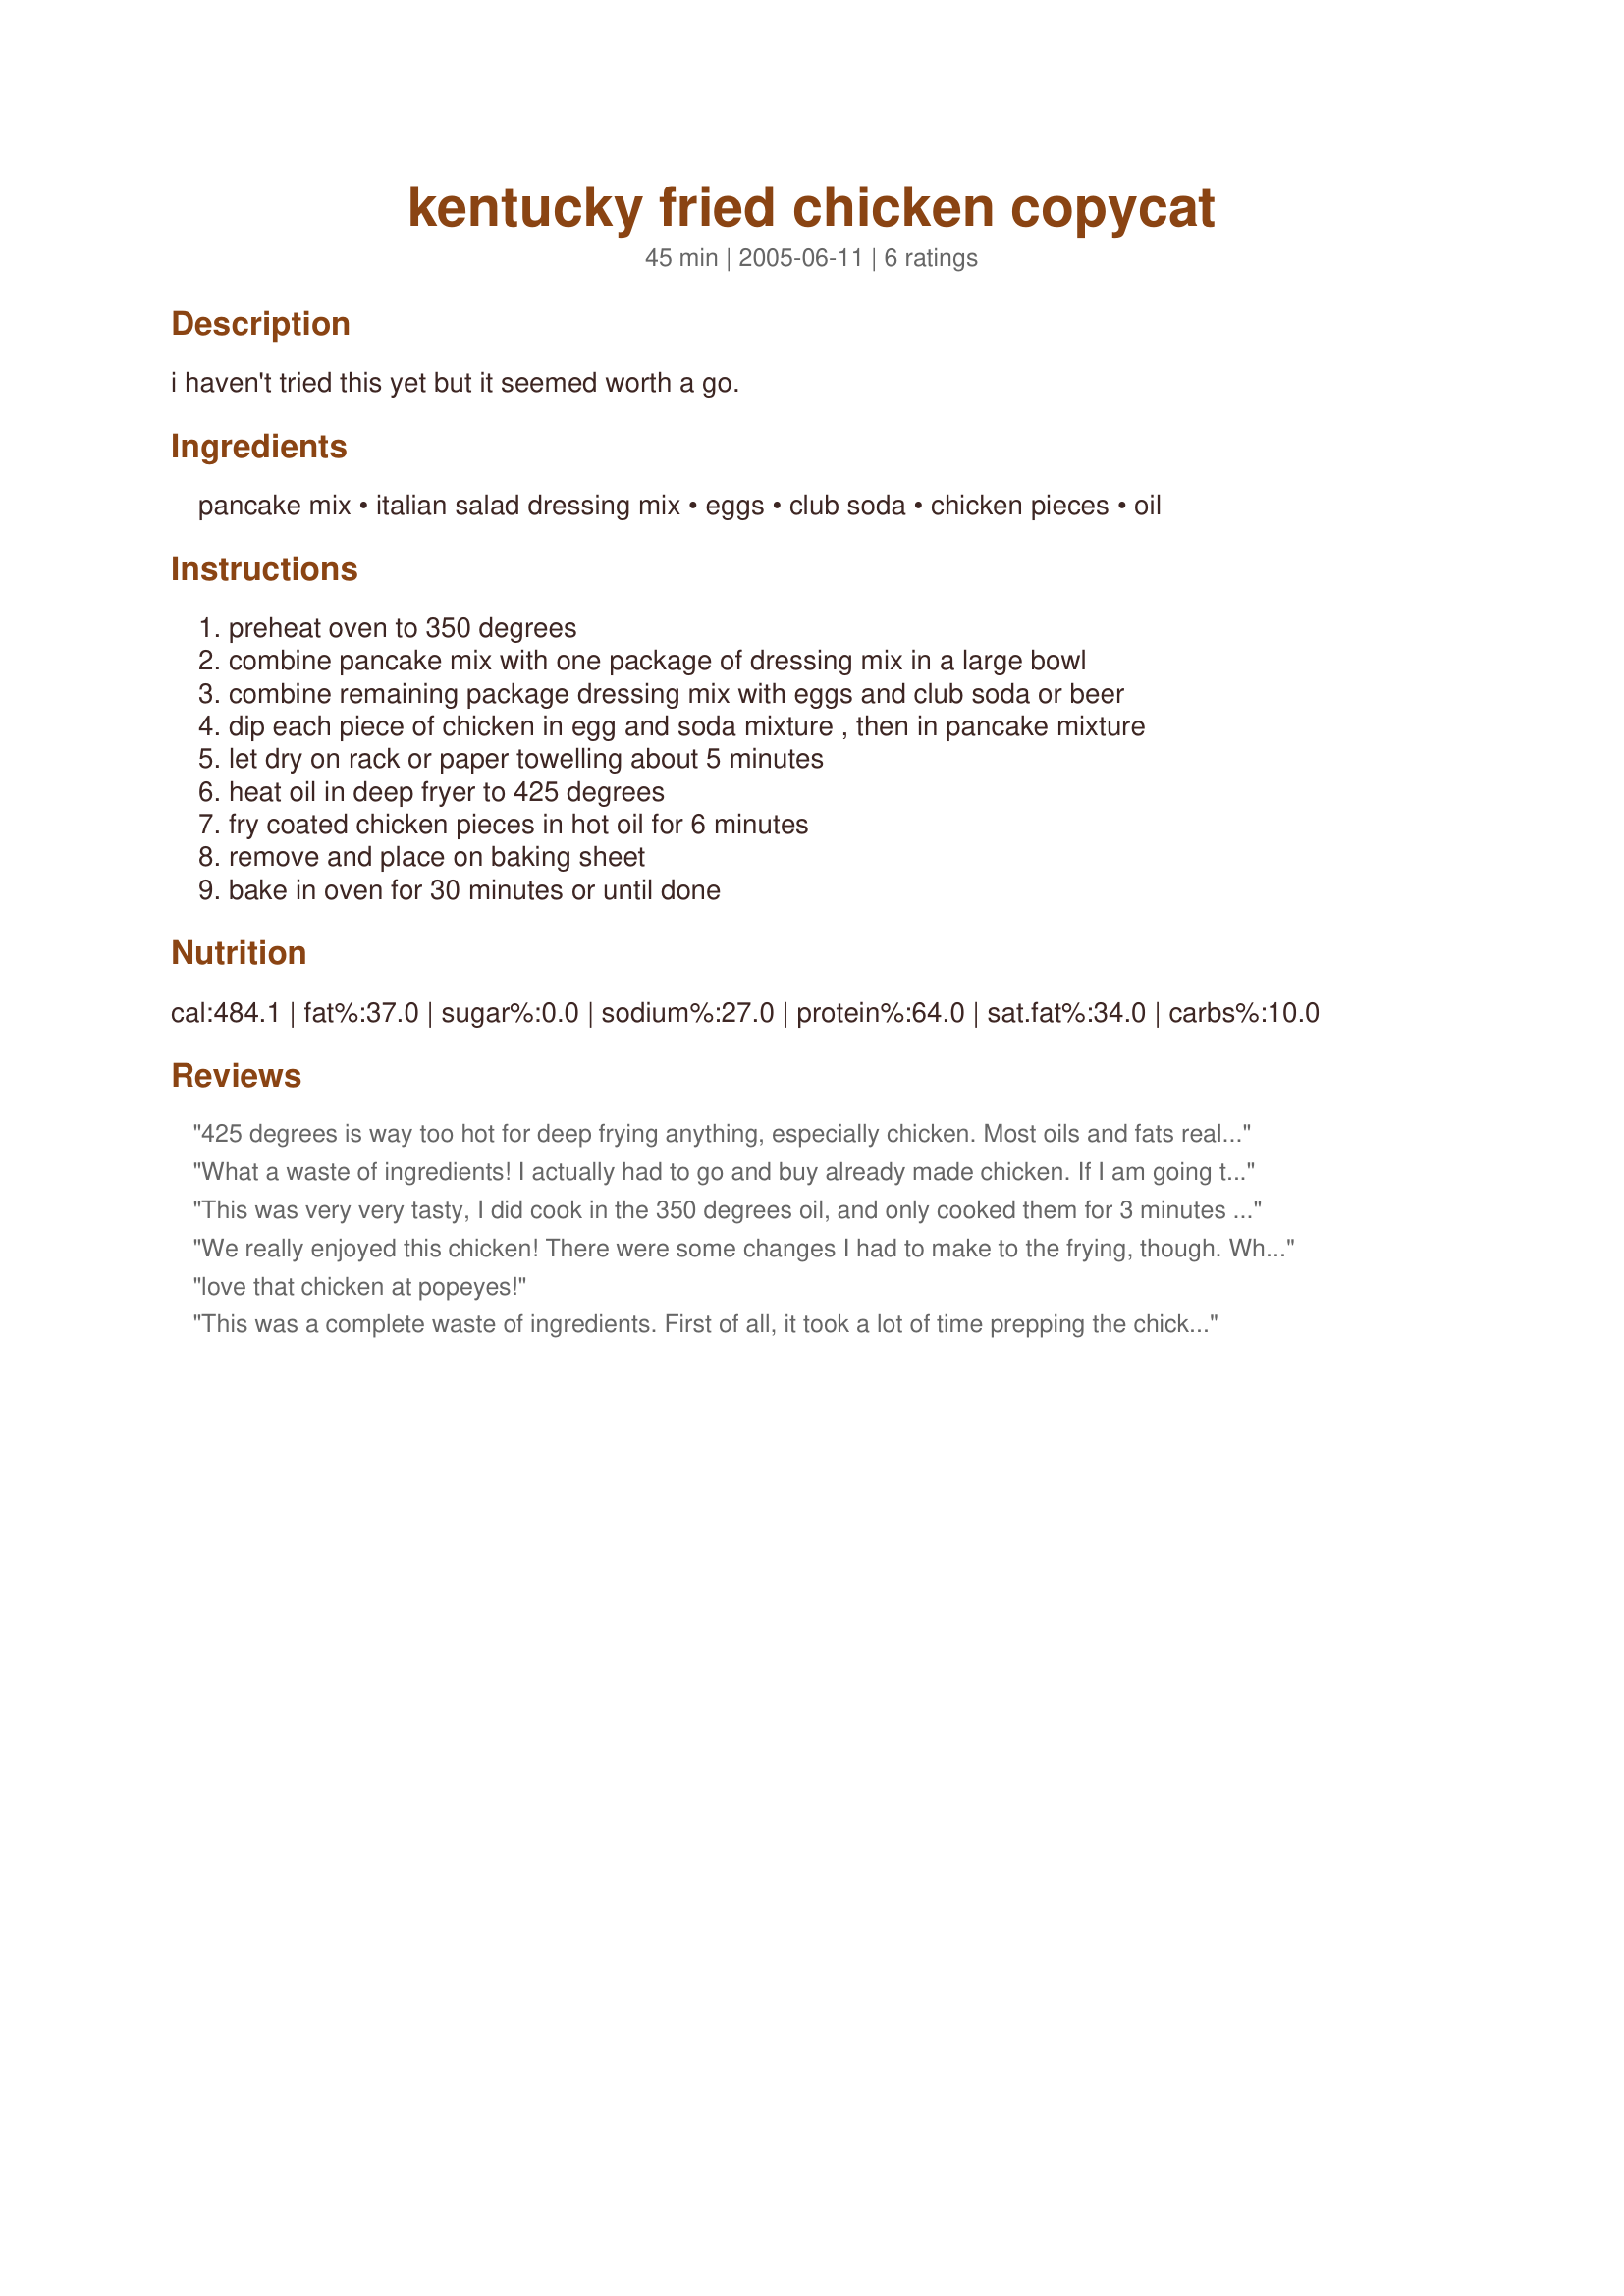
kentucky fried chicken copycat
Preparation time: 45 minutes

i haven't tried this yet but it seemed worth a go.

Ingredients:
pancake mix, italian salad dressing mix, eggs, club soda, chicken pieces, oil

Steps:
preheat oven to 350 degrees, combine pancake mix with one package of dressing mix in a large bowl, combine remaining package dressing mix with eggs and club soda or beer, dip each piece of chicken in egg and soda mixture , then in pancake mixture, let dry on rack or paper towelling about 5 minutes, heat oil in deep fryer to 425 degrees, fry coated chicken pieces in hot oil for 6 minutes, remove and place on baking sheet, bake in oven for 30 minutes or until done

Reviews:
425 degrees is way too hot for deep frying anything, especially chicken. Most oils and fats really start to break down above about 375. Chicken needs time to cook inside and not be too burned outside so save your oil and your chicken by taking off at least 50 degrees and preferably 75 or 100 degrees off of the temperature of the oil. 

Bruce
What a waste of ingredients! I actually had to go and buy already made chicken. If I am going to use 484 calories on a piece of chicken it should at least taste good. The breading fell right on when it was being deep fried and what did stick was way too sweet... YUCK!
This was very very tasty, I did cook in the 350 degrees oil, and only cooked them for 3 minutes till they were nice crispy and golden. The chicken meat was very moist, and flavorful. I had used scratch made italian season mix, and think it could of had more spices, found a better her on food.com, and will use it next time.
We really enjoyed this chicken! There were some changes I had to make to the frying, though. When I put the first pieces in the fryer at 425 degrees, as stated, they were burnt after 3 minutes. So I lowered the heat to 350 degrees and took them out of the oil after 3 minutes; they had a perfect crust then. The best part was the chicken meat itself -- the juiciest I have ever tasted. I don't know if the short frying period sealed in all the juices, but the meat was so tender and moist that everyone raved about it. Thanks for sharing this recipe!!
love that chicken at popeyes!
This was a complete waste of ingredients. First of all, it took a lot of time prepping the chicken, Second once you start following the recipe DO NOT THINK for one second your chicken will look like the picture. Your chicken will burn in four minutes ....I mean black,charred with a sweet taste. Who wants sweet ashes? Baking ....well it only made it darker. Never again will I make this recipe. Shame on you for the falseness...liar.
